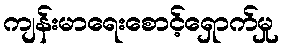
ကျန်းမာရေးစောင့်ရှောက်မှု